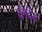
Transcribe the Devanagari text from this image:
वंगदेश